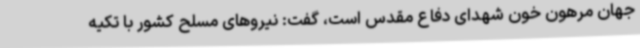
جهان مرهون خون شهدای دفاع مقدس است، گفت: نیروهای مسلح کشور با تکیه